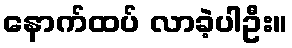
နောက်ထပ် လာခဲ့ပါဦး။